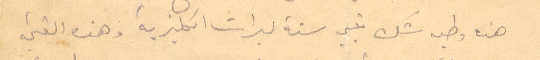
هذه وطيه شك بقيمة ستة ليرات إنكليزية وهذه القيمة